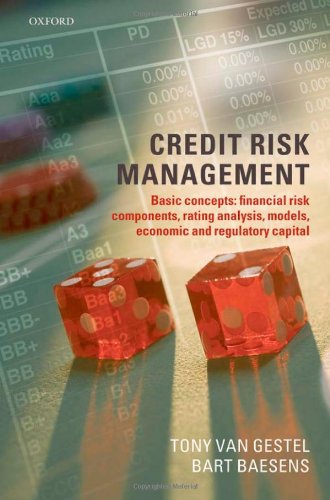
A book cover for Credit Risk Management: Basic Concepts; Bart Baesens; Science & Math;